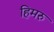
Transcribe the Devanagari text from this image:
हिमरु